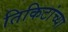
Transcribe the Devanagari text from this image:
तिकिटांच्या